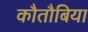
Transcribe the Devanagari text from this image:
कौतौबिया